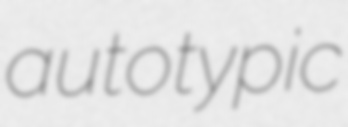
autotypic